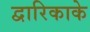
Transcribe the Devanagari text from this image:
द्वारिकाके